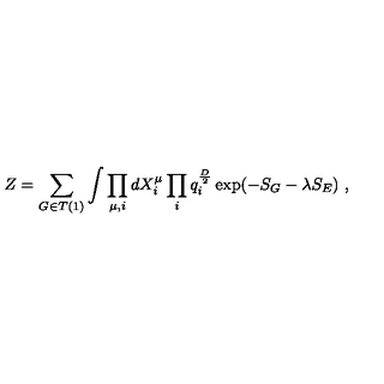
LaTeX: Z = \sum _ { G \in T ( 1 ) } \int \prod _ { \mu , i } d X _ { i } ^ { \mu } \prod _ { i } q _ { i } ^ { \frac { D } { 2 } } \exp ( - S _ { G } - \lambda S _ { E } ) \ ,